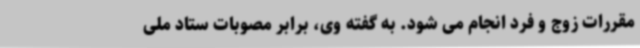
مقررات زوج و فرد انجام می شود. به گفته وی، برابر مصوبات ستاد ملی